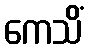
ကေသိံ